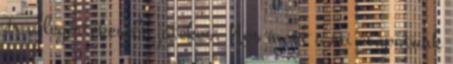
ér a legértékesebb játékos. Nos most a mi csapatunk